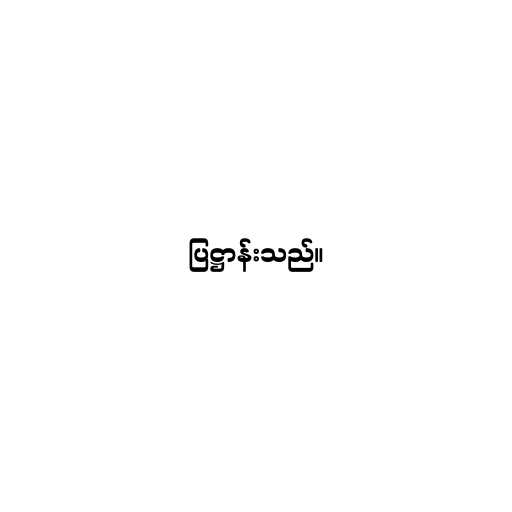
ပြဋ္ဌာန်းသည်။